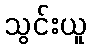
သွင်းယူ